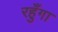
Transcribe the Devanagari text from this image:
रहुँगा